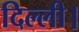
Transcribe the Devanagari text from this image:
दिल्‍ली।